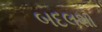
બદલશો